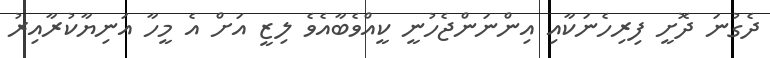
ދެގުނަ ދޮށީ ފިރިހެނަކާއި އިންނަންޖެހުނީ ކީއްވެބާއެވެ ލިޒީ އަށް އެ މީހާ އަނިޔާކުރާއިރު